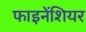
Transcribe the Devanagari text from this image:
फाइनेंशियर